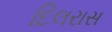
દિલરાસ